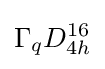
\Gamma _{q}D_{4h}^{16}